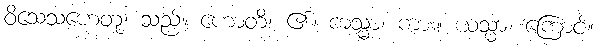
ဝိသေသဟေတု၊ သည်။ ဟောတိ၊ ၏။ ကသ္မာ၊ ကား။ ယသ္မာ၊ ကြောင့်။